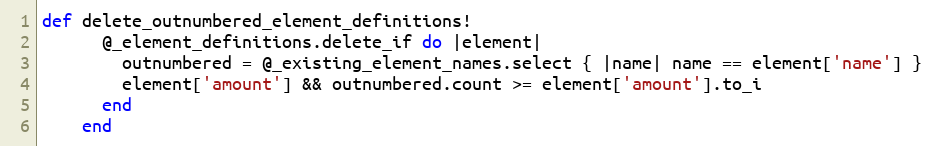
Language: Ruby
def delete_outnumbered_element_definitions!
      @_element_definitions.delete_if do |element|
        outnumbered = @_existing_element_names.select { |name| name == element['name'] }
        element['amount'] && outnumbered.count >= element['amount'].to_i
      end
    end